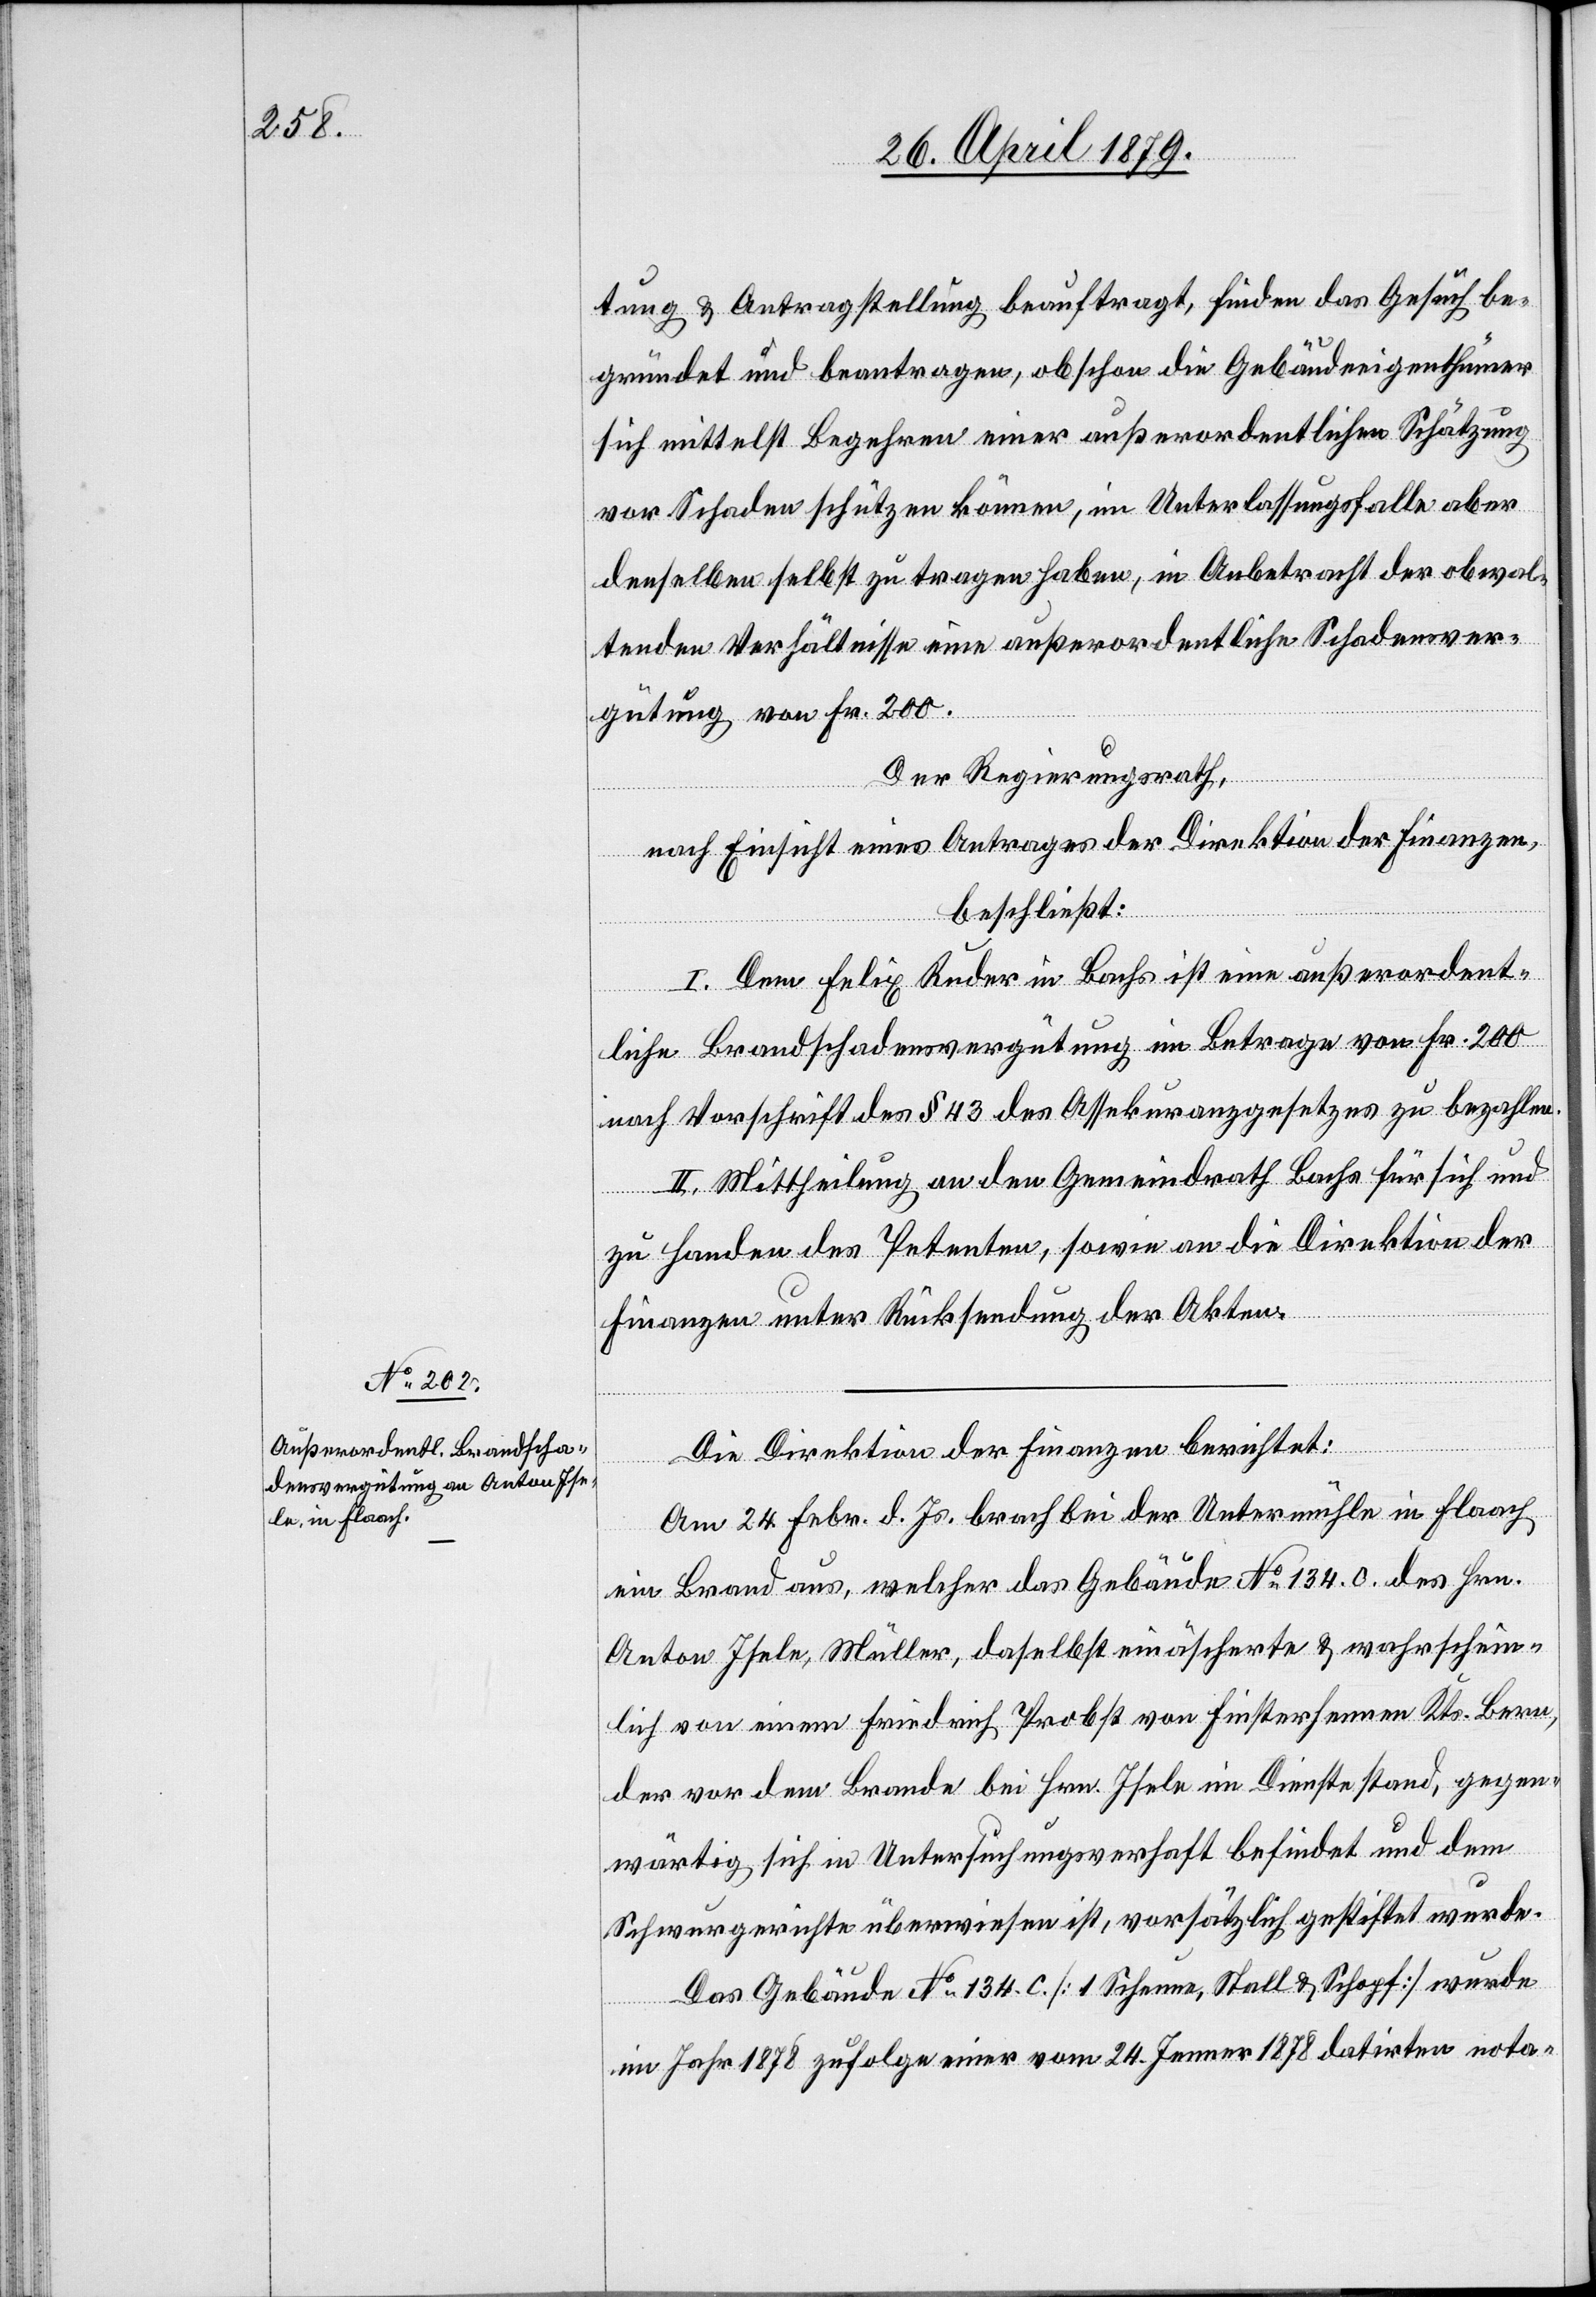
tung & Antragstellung beauftragt, finden das Gesuch be¬
gründet und beantragen, obschon die Gebäudeeigenthümer
sich mittelst Begehren einer außerordentlichen Schätzung
vor Schaden schützen können, im Unterlassungsfalle aber
denselben selbst zu tragen haben, in Anbetracht der obwal¬
tenden Verhältnisse eine außerordentliche Schadensver¬
gütung von Fr. 200.
Der Regierungsrath,
nach Einsicht eines Antrages der Direktion der Finanzen,
beschließt:
I. Dem Felix Ruder in Bachs ist eine außerordent¬
liche Brandschadensvergütung im Betrage von Fr. 200
nach Vorschrift des § 43 des Assekuranzgesetzes zu bezahlen.
II. Mittheilung an den Gemeindrath Bachs für sich und
zu Handen des Petenten, sowie an die Direktion der
Finanzen unter Rücksendung der Akten.
Die Direktion der Finanzen berichtet:
Am 24. Febr. d. Js. brach bei der Untermühle in Flaach
ein Brand aus, welcher das Gebäude No 134.0. des Hrn.
Anton Isele, Müller, daselbst einäscherte & wahrschein¬
lich von einem Friedrich Probst von Finsterhennen Kts. Bern,
der vor dem Brande bei Hrn. Isele im Dienste stand, gegen¬
wärtig sich in Untersuchungsverhaft befindet und dem
Schwurgerichte überwiesen ist, vorsätzlich gestiftet wurde.
Das Gebäude No 134.c [1 Scheune, Stall & Schopf] wurde
im Jahr 1878 zufolge einer vom 24. Jenner 1878 datirten nota-